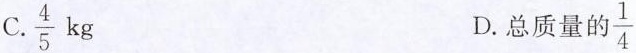
C. \frac{4}{5}kg D.总质量的\frac{1}{4}